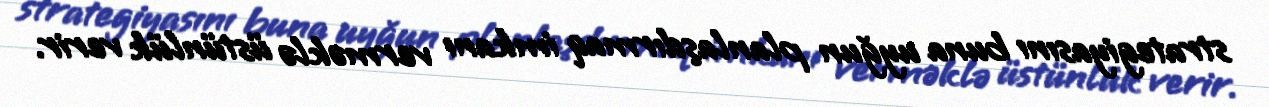
strategiyasını buna uyğun planlaşdırmaq imkanı verməklə üstünlük verir.